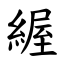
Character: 䌂